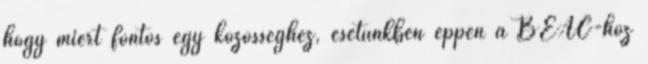
hogy miért fontos egy közösséghez, esetünkben éppen a BEAC-hoz